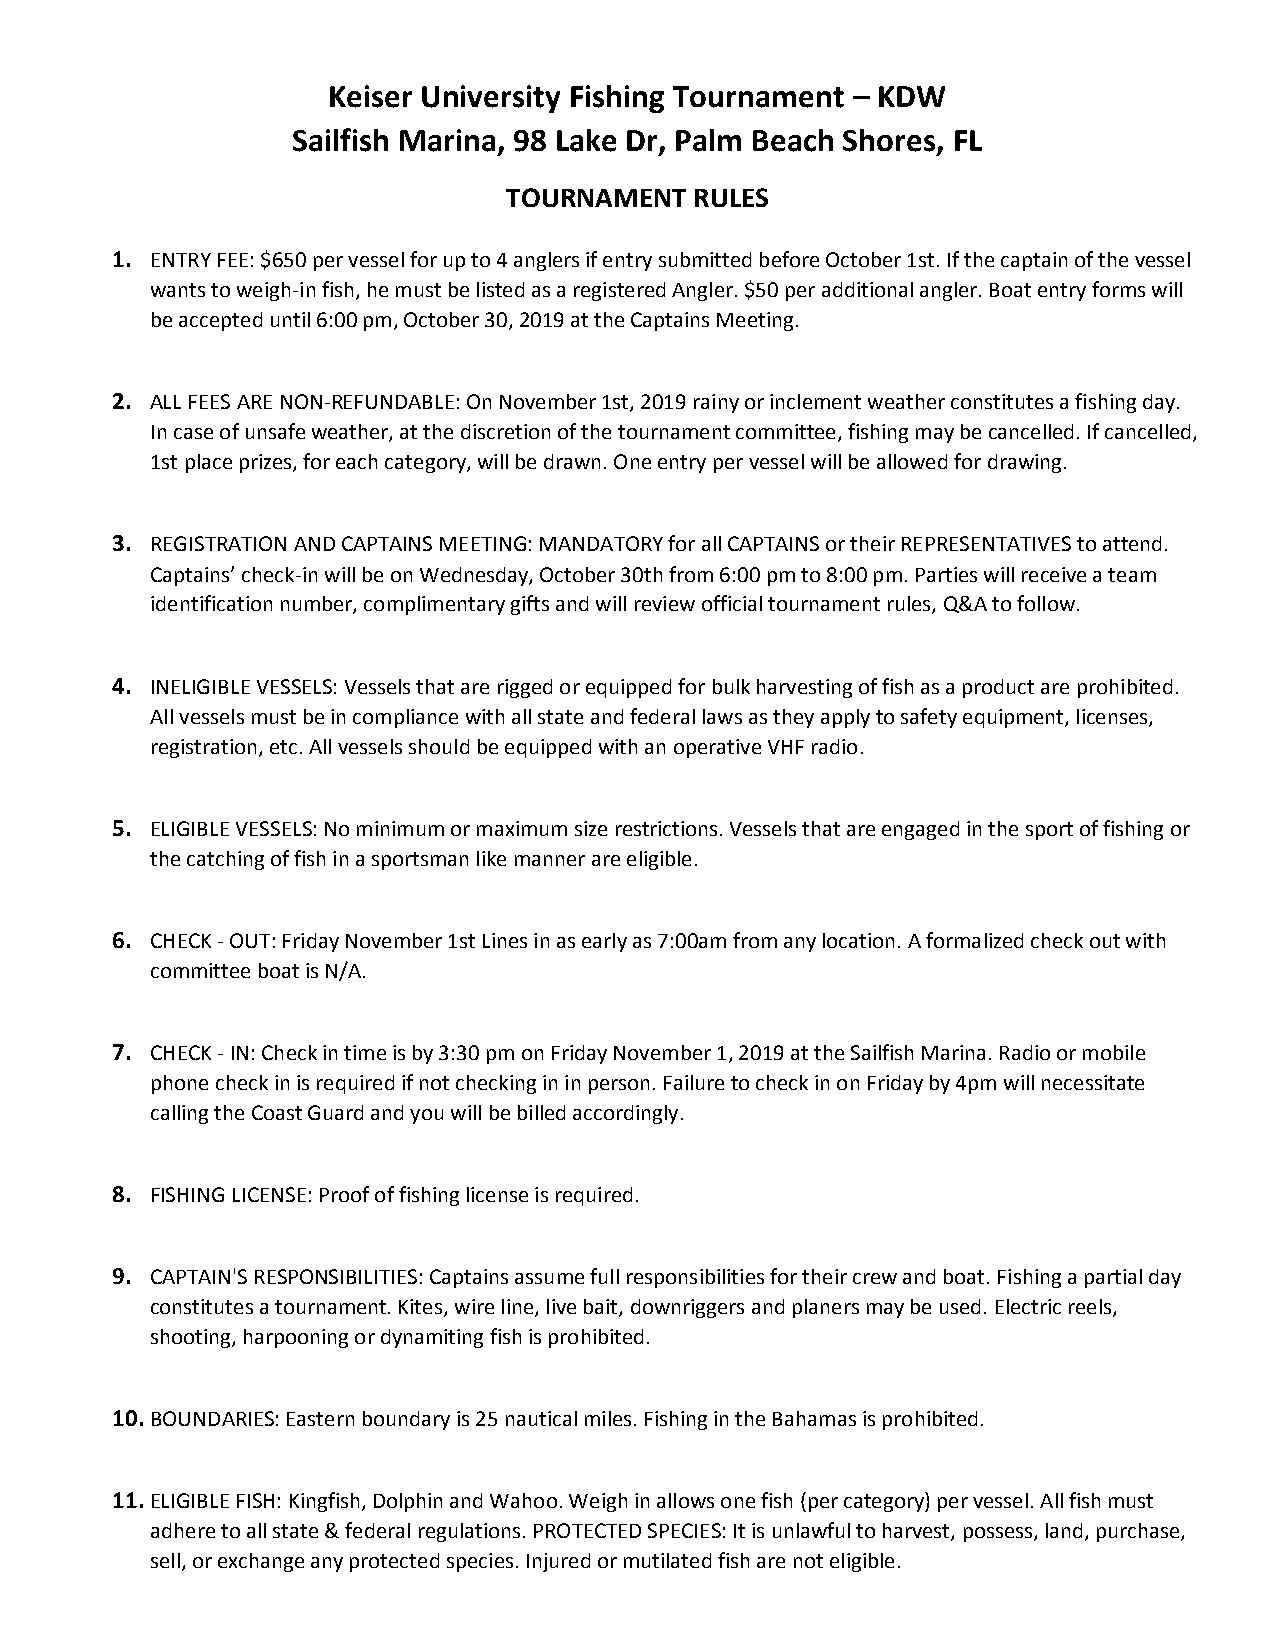
Keiser University Fishing Tournament – KDW
 Sailfish Marina, 98 Lake Dr, Palm Beach Shores, FL
 TOURNAMENT  RULES
 1. ENTRY FEE: $650 per vessel for up to 4 anglers if entry submitted before October 1st. If the captain of the vessel
 wants to weigh-in fish, he must be listed as a registered Angler. $50 per additional angler. Boat entry forms will
 be accepted until 6:00 pm, October 30, 2019 at the Captains Meeting.
 2. ALL FEES ARE NON-REFUNDABLE: On November 1st, 2019 rainy or inclement weather constitutes a fishing day.
 In case of unsafe weather, at the discretion of the tournament committee, fishing may be cancelled. If cancelled,
 1st place prizes, for each category, will be drawn. One entry per vessel will be allowed for drawing.
 3. REGISTRATION AND CAPTAINS MEETING: MANDATORY for all CAPTAINS or their REPRESENTATIVES to attend.
 Captains’ check-in will be on Wednesday, October 30th from 6:00 pm to 8:00 pm. Parties will receive a team
 identification number, complimentary gifts and will review official tournament rules, Q&A to follow.
 4. INELIGIBLE VESSELS: Vessels that are rigged or equipped for bulk harvesting of fish as a product are prohibited.
 All vessels must be in compliance with all state and federal laws as they apply to safety equipment, licenses,
 registration, etc. All vessels should be equipped with an operative VHF radio.
 5. ELIGIBLE VESSELS: No minimum or maximum size restrictions. Vessels that are engaged in the sport of fishing or
 the catching of fish in a sportsman like manner are eligible.
 6. CHECK - OUT: Friday November 1st Lines in as early as 7:00am from any location. A formalized check out with
 committee boat is N/A.
 7. CHECK - IN: Check in time is by 3:30 pm on Friday November 1, 2019 at the Sailfish Marina. Radio or mobile
 phone check in is required if not checking in in person. Failure to check in on Friday by 4pm will necessitate
 calling the Coast Guard and you will be billed accordingly.
 8. FISHING LICENSE: Proof of fishing license is required.
 9. CAPTAIN'S RESPONSIBILITIES: Captains assume full responsibilities for their crew and boat. Fishing a partial day
 constitutes a tournament. Kites, wire line, live bait, downriggers and planers may be used. Electric reels,
 shooting, harpooning or dynamiting fish is prohibited.
 10. BOUNDARIES: Eastern boundary is 25 nautical miles. Fishing in the Bahamas is prohibited.
 11. ELIGIBLE FISH: Kingfish, Dolphin and Wahoo. Weigh in allows one fish (per category) per vessel. All fish must
 adhere to all state & federal regulations. PROTECTED SPECIES: It is unlawful to harvest, possess, land, purchase,
 sell, or exchange any protected species. Injured or mutilated fish are not eligible.